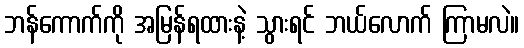
ဘန်ကောက်ကို အမြန်ရထားနဲ့ သွားရင် ဘယ်လောက် ကြာမလဲ။